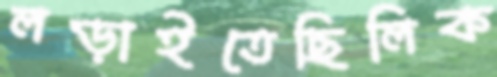
লড়াইতেছিলিক